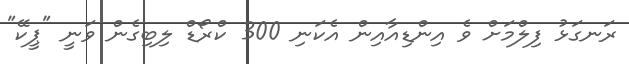
ރަނގަޅު ފިލްމަށް ވެ އިންޑިއާއިން އެކަނި 300 ކްރޯޑް ލިބިގެން ވަނީ "ޕީކޭ"